Vaccine operations Central Provinces & Berar 1922-1929 - 1922-1929
Year: 1922
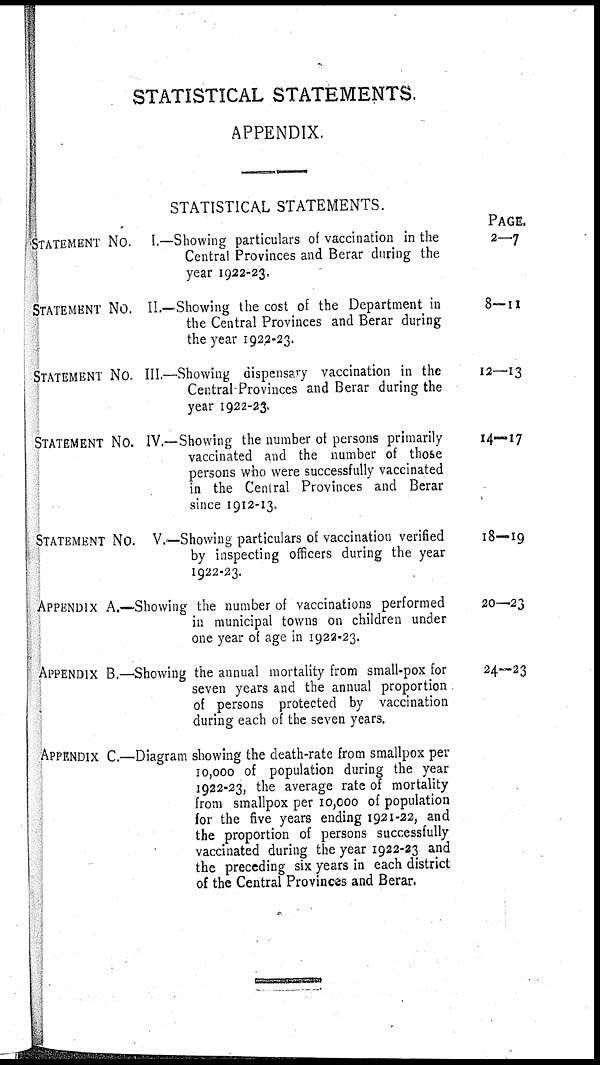
STATISTICAL STATEMENTS.
APPENDIX.
STATISTICAL STATEMENTS.
STATEMENT NO. I.—Showing particulars of vaccination in the
Central Provinces and Berar during the
year 1922-23,
STATEMENT NO. II.—Showing the cost of the Department in
the Central Provinces and Berar during
the year 1922-23.
STATEMENT NO. III.—Showing dispensary vaccination in the
Central-Provinces and Berar during the
year 1922-23.
STATEMENT NO. IV.—Showing the number of persons primarily
vaccinated and the number of those
persons who were successfully vaccinated
in the Central Provinces and Berar
since 1912-13.
STATEMENT NO. V.—Showing particulars of vaccination verified
by inspecting officers during the year
1922-23.
APPENDIX A.—Showing the number of vaccinations performed
in municipal towns on children under
one year of age in 1922-23.
APPENDIX B.—Showing the annual mortality from small-pox for
seven years and the annual proportion
of persons protected by vaccination
during each of the seven years.
APPENDIX C.—Diagram showing the death-rate from smallpox per
10,000 of population during the year
1922-23, the average rate of mortality
from smallpox per 10,000 of population
for the five years ending 1921-22, and
the proportion of persons successfully
vaccinated during the year 1922-23 and
the preceding six years in each district
of the Central Provinces and Berar.
PAGE.
2-7
8—11
12—13
14—17
18—19
20—23
24—23